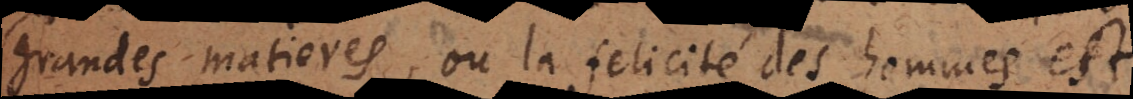
grandes matieres, où la felicité des hommes est